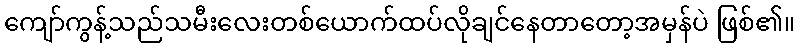
ကျော်ကွန့်သည်သမီးလေးတစ်ယောက်ထပ်လိုချင်နေတာတော့အမှန်ပဲ ဖြစ်၏။